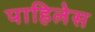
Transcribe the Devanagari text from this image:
पाहिलेस